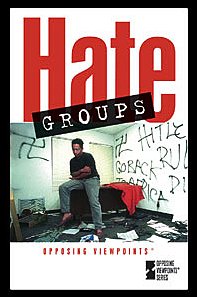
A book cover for Hate Groups (Opposing Viewpoints); Mary E. Williams; Teen & Young Adult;